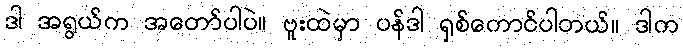
ဒါ အရွယ်က အတော်ပါပဲ။ ဗူးထဲမှာ ပန်ဒါ ရှစ်ကောင်ပါတယ်။ ဒါက